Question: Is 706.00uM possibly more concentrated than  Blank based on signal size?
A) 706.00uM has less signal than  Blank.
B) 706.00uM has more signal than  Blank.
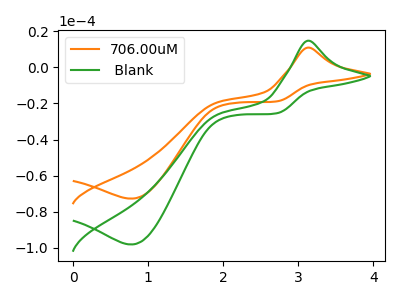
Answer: <think>The orange curve "706.00uM" has an anodic peak at (3.15V, 10.95uA) and a cathodic peak at (0.80V, -72.75uA). The green curve " Blank" has an anodic peak at (3.15V, 14.75uA) and a cathodic peak at (0.80V, -98.15uA).
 All the peaks in "706.00uM" have a peak in " Blank" at the same potential. Every peak in "706.00uM" is lower than every peak in " Blank".</think>
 <answer>A) "706.00uM" has less signal than " Blank".</answer>
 <eval>A</eval>